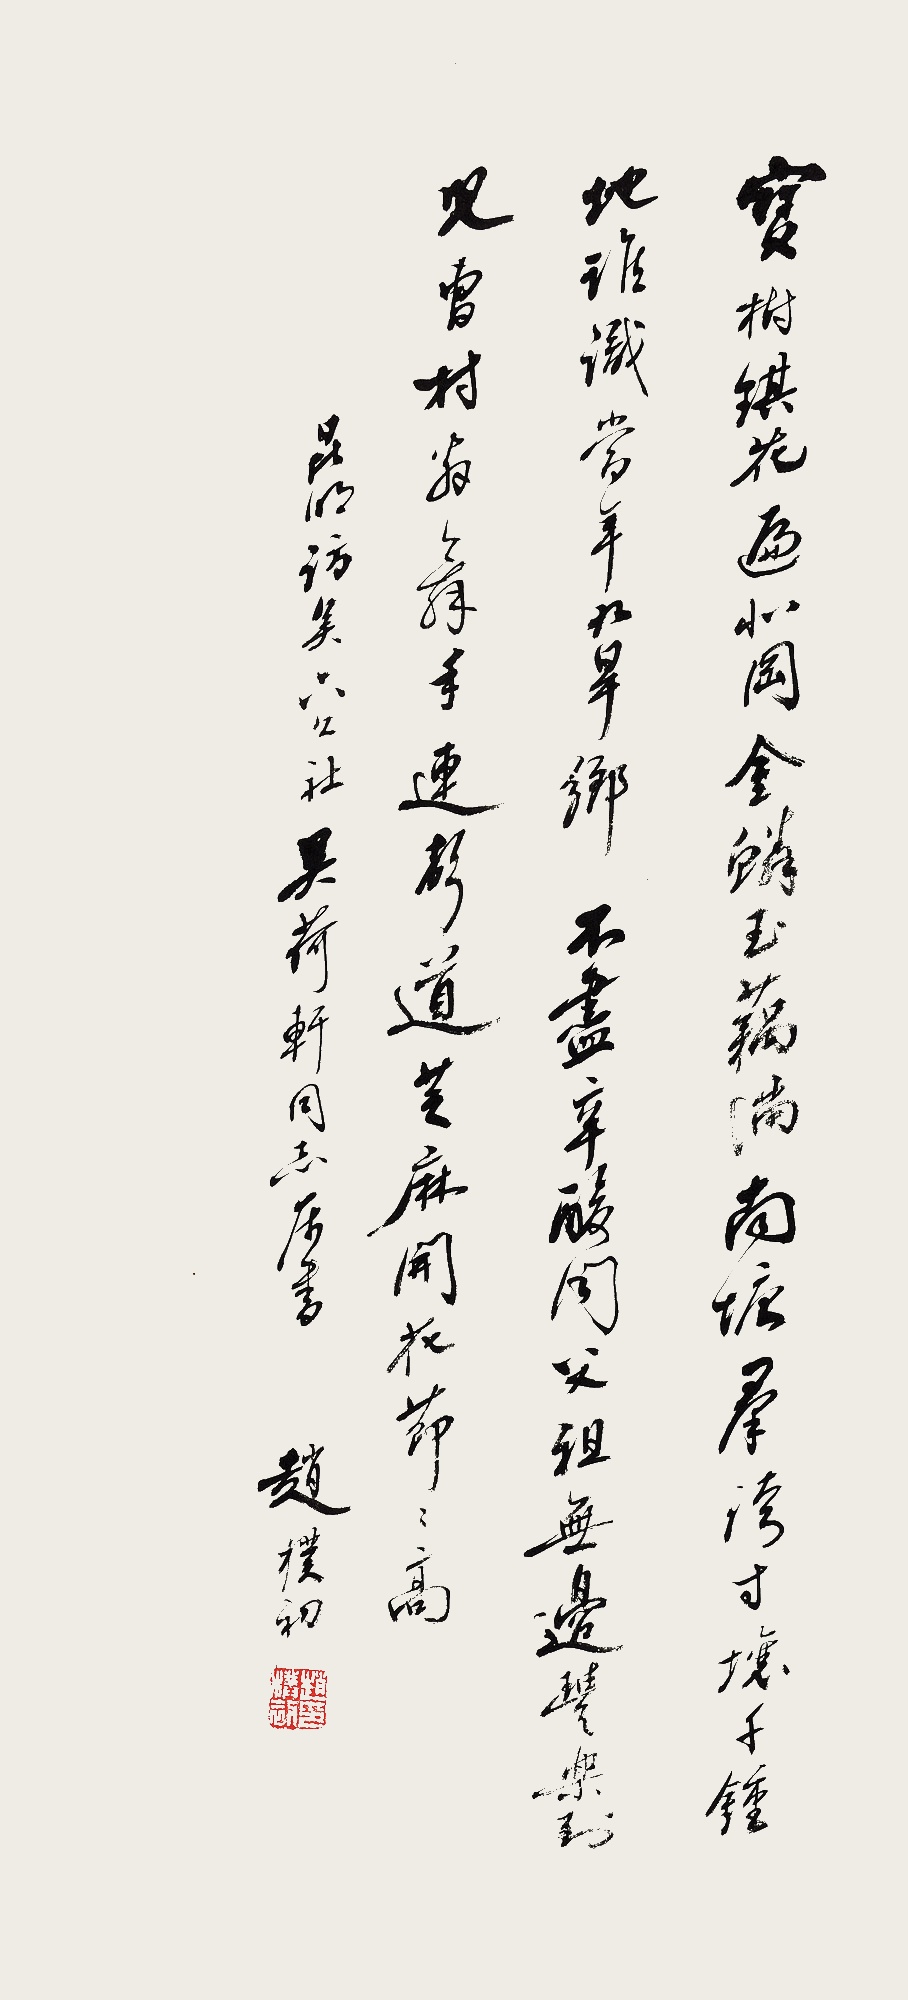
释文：宝树琪花遍北冈，金鳞玉藕满南塘。群夸寸塘千锤地，谁识当年九旱乡。不尽辛酸问父祖，无边丰乐到儿曹。村翁舞手连声道，芝麻开花节节高。昆明访矣六公社。吴荷轩同志属书。赵朴初。